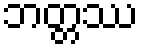
ဘတ္တဿ